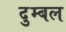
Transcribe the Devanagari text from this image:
दुम्बल